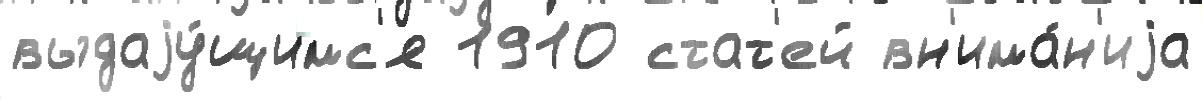
выдаjу́щимс'я 1910 стат'ей вн'има́н'иjа